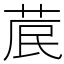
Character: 𮏁